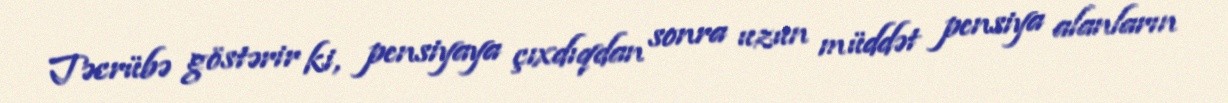
Təcrübə göstərir ki, pensiyaya çıxdıqdan sonra uzun müddət pensiya alanların